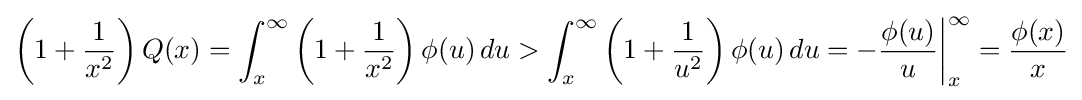
\left(1+{\frac {1}{x^{2}}}\right)Q(x)=\int _{x}^{\infty }\left(1+{\frac {1}{x^{2}}}\right)\phi (u)\,du>\int _{x}^{\infty }\left(1+{\frac {1}{u^{2}}}\right)\phi (u)\,du=-{\biggl .}{\frac {\phi (u)}{u}}{\biggr |}_{x}^{\infty }={\frac {\phi (x)}{x}}